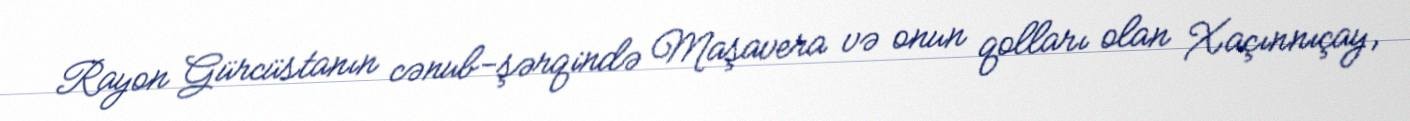
Rayon Gürcüstanın cənub-şərqində Maşavera və onun qolları olan Xaçınnıçay,